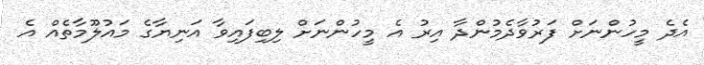
އެދެ މީހުންނަށް ފަރުވާދެމުންދާ އިރު އެ މީހުންނަށް ލިބިފައިވާ އަނިޔާގެ މައުލޫމާތެއް އެ